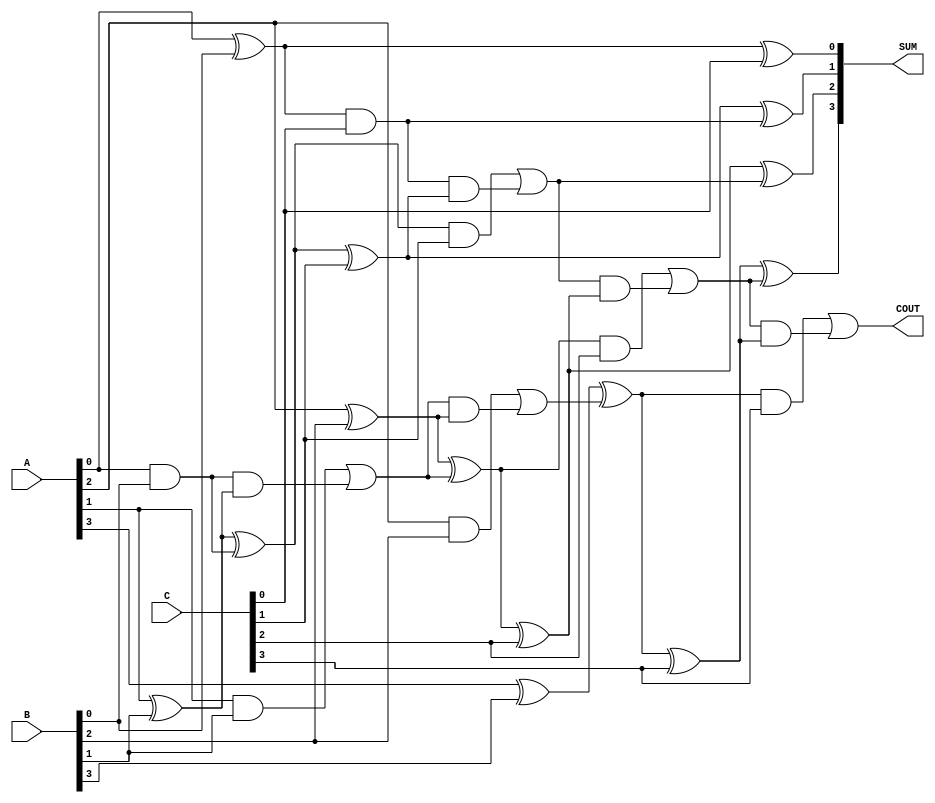
module CarrySaveAdder #(
    parameter WIDTH = 4
)(
    input [WIDTH-1:0] A,
    input [WIDTH-1:0] B,
    input [WIDTH-1:0] C,
    output [WIDTH-1:0] SUM,
    output COUT
);

    wire [WIDTH-1:0] sum1, sum2;
    wire [WIDTH-1:0] carry1, carry2;

    // Stage 1: Add A and B
    genvar i;
    generate
        for (i = 0; i < WIDTH; i = i + 1) begin : full_adder_stage1
            if (i == 0) begin
                assign sum1[i] = A[i] ^ B[i];
                assign carry1[i] = A[i] & B[i];
            end else begin
                assign sum1[i] = A[i] ^ B[i] ^ carry1[i-1];
                assign carry1[i] = (A[i] & B[i]) | (carry1[i-1] & (A[i] ^ B[i]));
            end
        end
    endgenerate

    // Stage 2: Add intermediate sum with C
    generate
        for (i = 0; i < WIDTH; i = i + 1) begin : full_adder_stage2
            if (i == 0) begin
                assign sum2[i] = sum1[i] ^ C[i];
                assign carry2[i] = sum1[i] & C[i];
            end else begin
                assign sum2[i] = sum1[i] ^ C[i] ^ carry2[i-1];
                assign carry2[i] = (sum1[i] & C[i]) | (carry2[i-1] & (sum1[i] ^ C[i]));
            end
        end
    endgenerate

    // Final carry propagation
    assign SUM = sum2;
    assign COUT = carry2[WIDTH-1];

endmodule